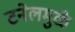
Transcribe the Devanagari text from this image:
टनेलमुळे